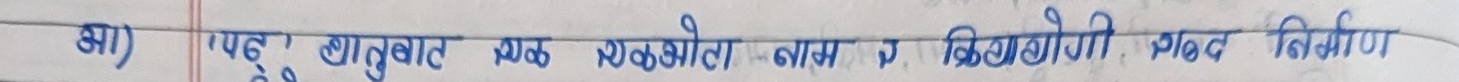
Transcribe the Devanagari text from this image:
आ) षष्ठ' धातुबारे एक एकोहोरी नाम र क्रियायोगी शब्द निर्माण